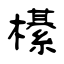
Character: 櫀